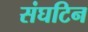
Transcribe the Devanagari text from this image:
संघटिन